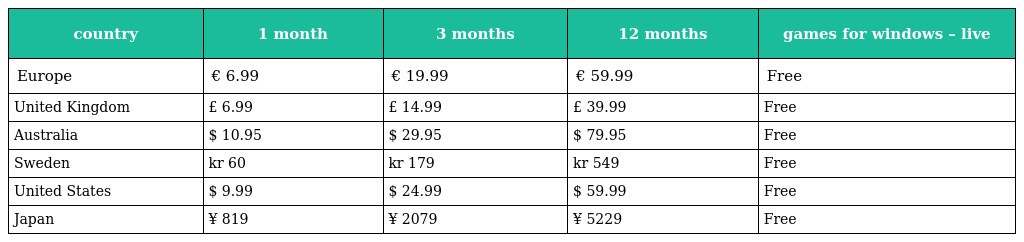
| country | 1 month | 3 months | 12 months | games for windows – live |
 | --- | --- | --- | --- | --- |
 | Europe | € 6.99 | € 19.99 | € 59.99 | Free |
 | United Kingdom | £ 6.99 | £ 14.99 | £ 39.99 | Free |
 | Australia | $ 10.95 | $ 29.95 | $ 79.95 | Free |
 | Sweden | kr 60 | kr 179 | kr 549 | Free |
 | United States | $ 9.99 | $ 24.99 | $ 59.99 | Free |
 | Japan | ¥ 819 | ¥ 2079 | ¥ 5229 | Free |